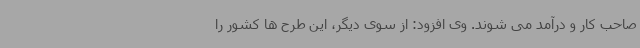
صاحب کار و درآمد می شوند. وی افزود: از سوی دیگر، این طرح ها کشور را